Annual administration report of the Civil Veterinary Department of India - 1897-1898
Year: 1897
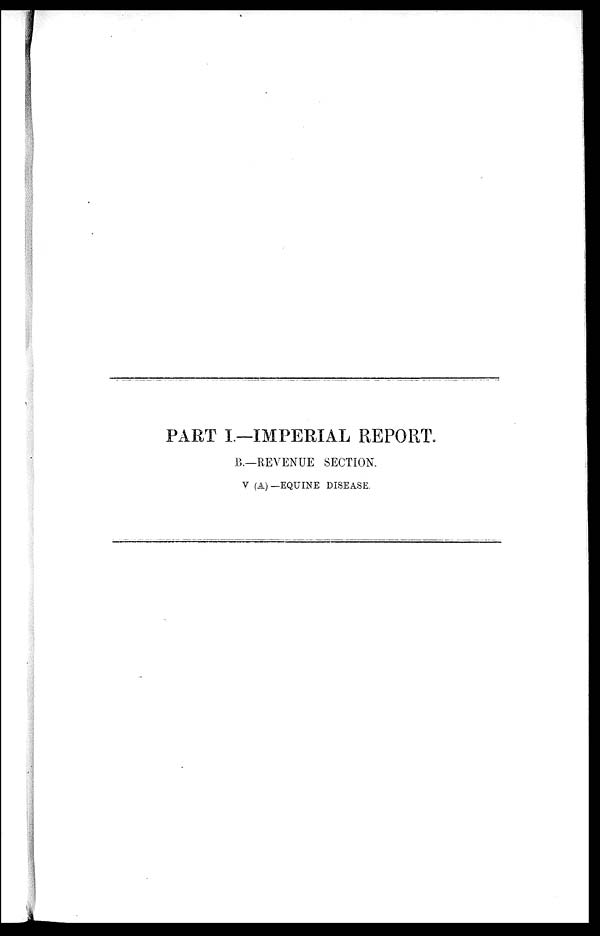
PART I.—IMPERIAL REPORT.
B.—REVENUE SECTION.
V (A)—EQUINE DISEASE.